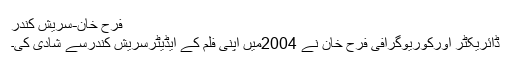
فرح خان-سریش کندر
ڈائریکٹر اورکوریوگرافی فرح خان نے 2004میں اپنی فلم کے ایڈیٹرسریش کندرسے شادی کی۔